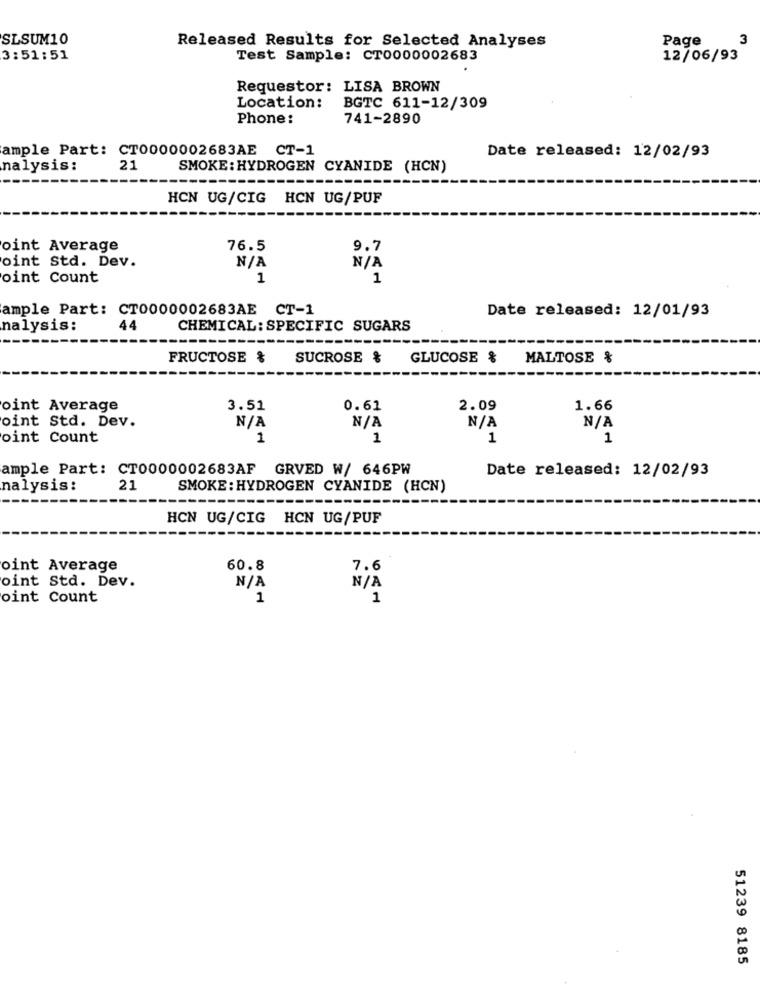
SLSUM10
Released Results for Selected Analyses
Page
3
3:51:51
Test Sample: CT0000002683
12/06/93
Requestor: LISA BROWN
Location:
BGTC 611-12/309
Phone:
741-2890
ample Part: CT0000002683AE CT-1
Date released: 12/02/93
nalysis:
21
SMOKE : HYDROGEN CYANIDE (HCN)
---
HCN UG/CIG HCN UG/PUF
oint Average
76.5
9.7
oint Std. Dev.
oint Count
1
1
ample Part: CT0000002683AE CT-1
Date released: 12/01/93
nalysis:
44
CHEMICAL: SPECIFIC SUGARS
FRUCTOSE &
SUCROSE & GLUCOSE &
MALTOSE %
oint Average
3.51
0.61
2.09
1.66
oint Std. Dev.
oint Count
1
1
1
1
ample Part: CT0000002683AF GRVED W/ 646PW
Date released: 12/02/93
nalysis:
21
SMOKE : HYDROGEN CYANIDE (HCN)
HCN UG/CIG HCN UG/PUF
oint Average
60.8
7.6
oint Std. Dev.
oint Count
1
1
51239 8185